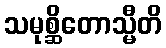
သမုစ္ဆိတောသ္မီတိ